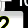
Digit: 2